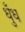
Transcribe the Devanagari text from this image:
धुँध